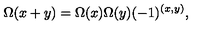
\Omega ( x + y ) = \Omega ( x ) \Omega ( y ) ( - 1 ) ^ { ( x , y ) } ,